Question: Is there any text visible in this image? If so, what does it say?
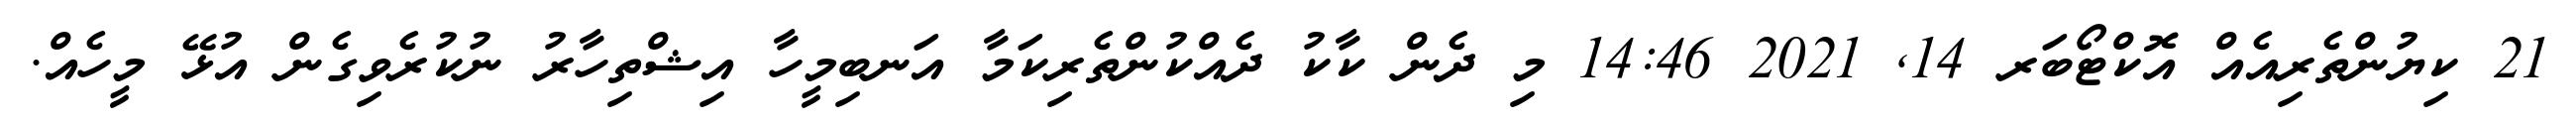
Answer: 21 ކިޔުންތެރިއެއް އޮކްޓޯބަރ 14, 2021 14:46 މި ދެން ކާކު ދެއްކުންތެރިކަމާ އަނބިމީހާ އިޝްތިހާރު ނުކުރެވިގެން އުޅޭ މީހެއް.